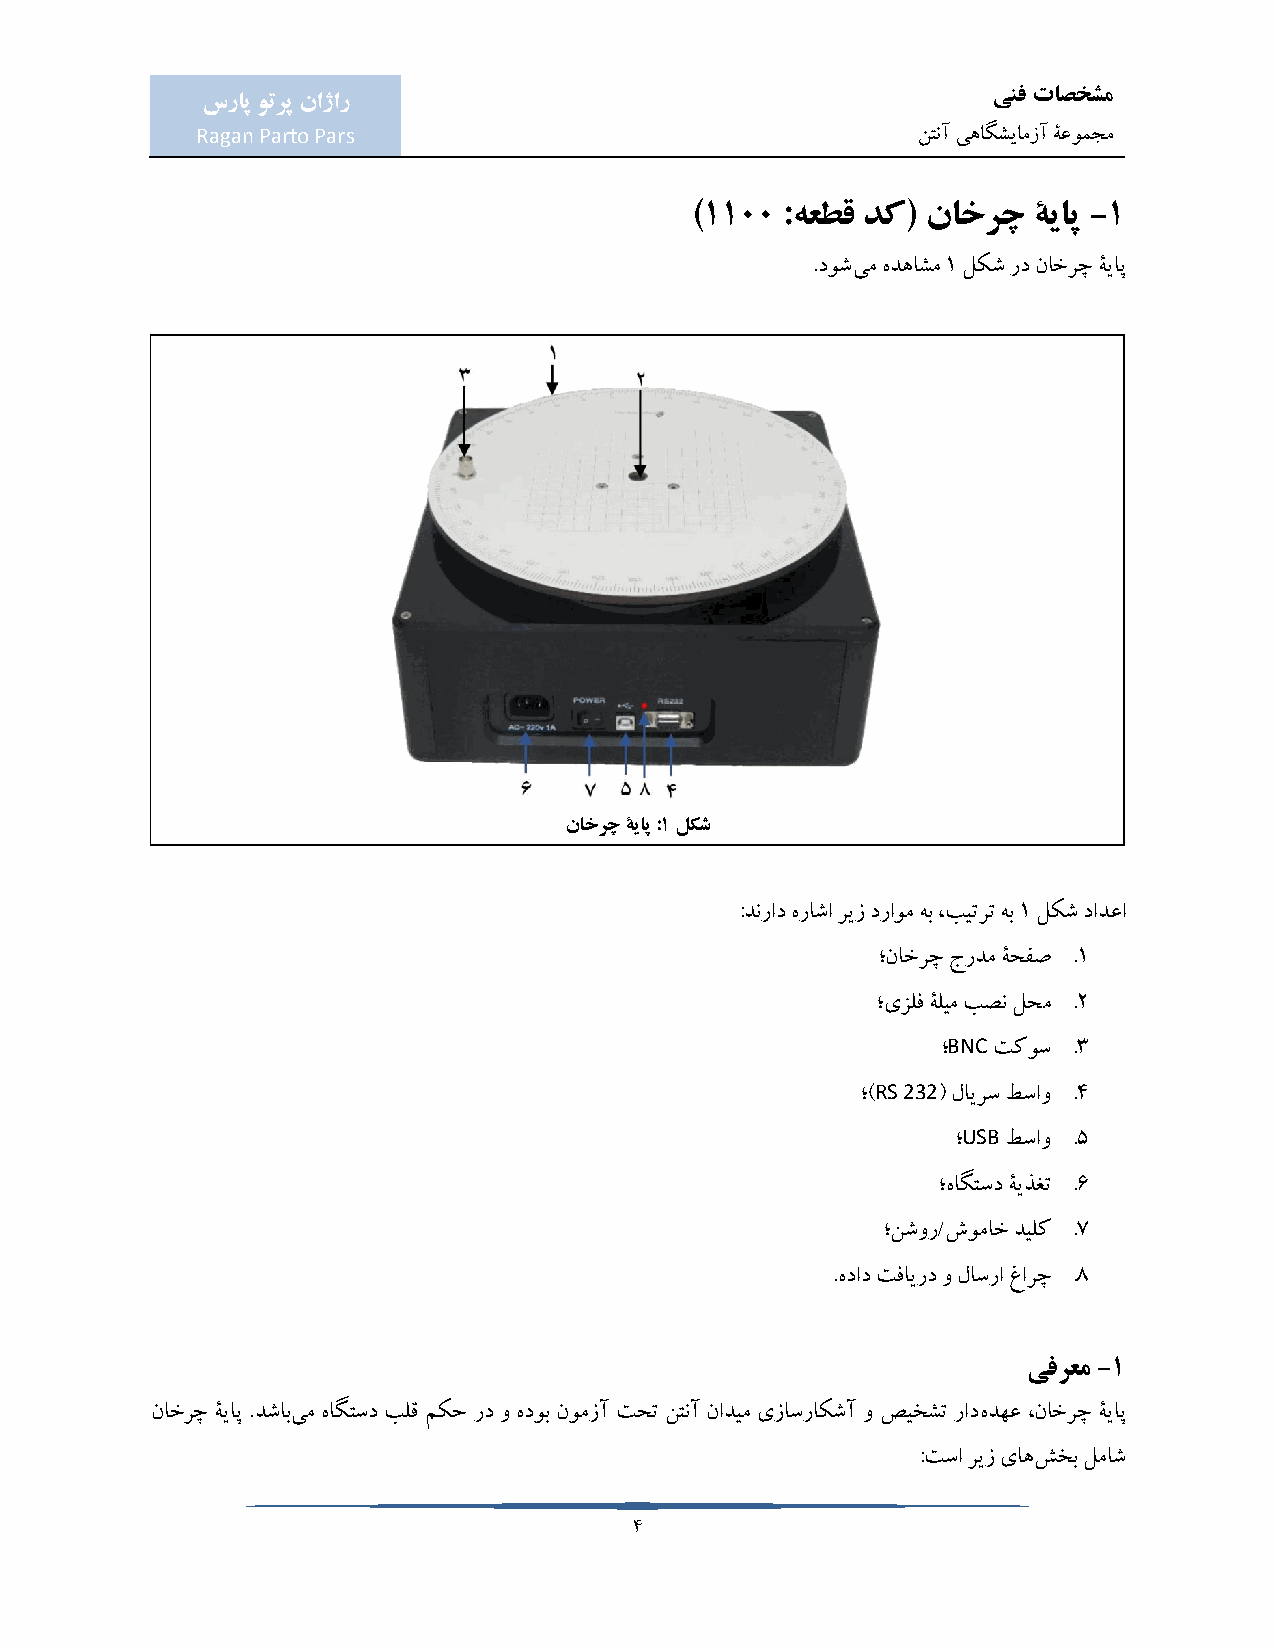
ینف تاصخشم
 سراپ وترپ ناژار
 Ragan Parto Pars                                نتنآ یهاگشیامزآ ۀعومجم
 )1100 :هعطق دک( ناخرچ ۀیاپ -1
 .دوشیم هدهاشم 1 لکش رد ناخرچ ۀیاپ
 ناخرچ ۀیاپ :1 لکش
 :دنراد هراشا ریز دراوم هب ،بیترت هب 1 لکش دادعا
 ؛ناخرچ جردم ۀحفص .1
 ؛یزلف ۀلیم بصن لحم .2
 BNC
 ؛   تکوس .3
 RS 232
 ؛)   ( لایرس طساو .4
 USB
 ؛   طساو .5
 ؛هاگتسد ۀیذغت .6
 ؛نشور/شوماخ دیلک .7
 .هداد تفایرد و لاسرا غارچ .8
 یفرعم -1
 ناخرچ ۀیاپ .دشابیم هاگتسد بلق مکح رد و هدوب نومزآ تحت نتنآ نادیم یزاسراکشآ و صیخشت رادهدهع ،ناخرچ ۀیاپ
 :تسا ریز یاهشخب لماش
 4